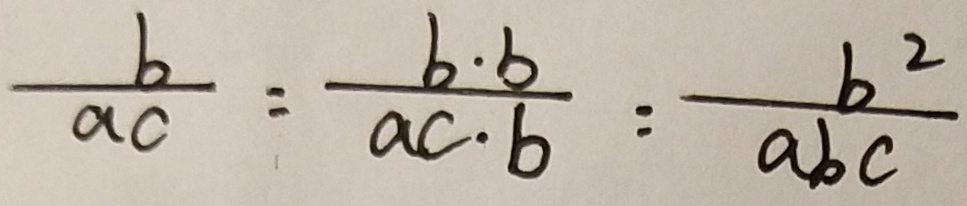
\frac { b } { a c } = \frac { b \cdot b } { a c \cdot b } = \frac { b ^ { 2 } } { a b c }